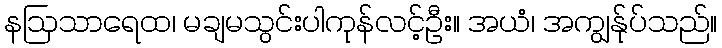
နဩသာရေထ၊ မချမသွင်းပါကုန်လင့်ဦး။ အယံ၊ အကျွန်ုပ်သည်။